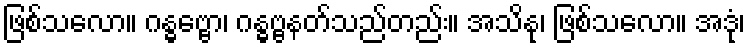
ဖြစ်သလော။ ဂန္ဓဗ္ဗော၊ ဂန္ဓဗ္ဗနတ်သည်တည်း။ အသိနု၊ ဖြစ်သလော။ အဒုံ၊